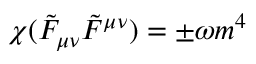
\chi ( \tilde { F } _ { \mu \nu } \tilde { F } ^ { \mu \nu } ) = \pm \omega m ^ { 4 }